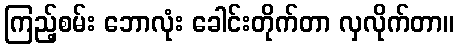
ကြည့်စမ်း ဘောလုံး ခေါင်းတိုက်တာ လှလိုက်တာ။